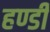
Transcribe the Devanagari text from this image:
हण्डी